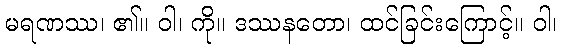
မရဏဿ၊ ၏။ ဝါ၊ ကို။ ဒဿနတော၊ ထင်ခြင်းကြောင့်။ ဝါ၊